Source: Handwritten
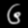
Digit: ၆ (6)